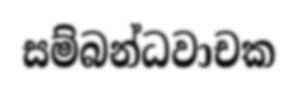
සම්බන්ධවාචක